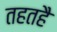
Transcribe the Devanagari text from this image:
तहतहै